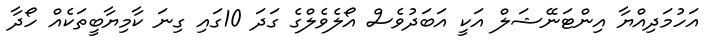
އަހުމަދިއްޔާ އިންޓަނޭޝަލް އަކީ އަބަދުވެސް އޯލެވެލްގެ ގަދަ 10ގައި ގިނަ ކާމިޔާބީތަކެއް ހޯދާ